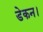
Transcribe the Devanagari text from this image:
डेकन।